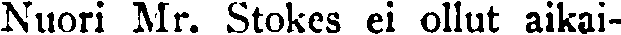
Nuori Mr. Stokes ei ollut aikai-